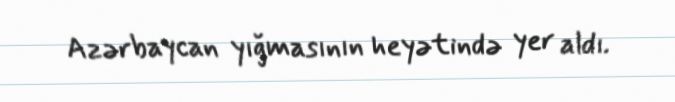
Azərbaycan yığmasının heyətində yer aldı.